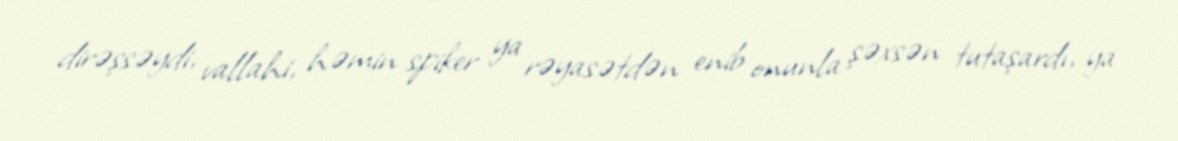
dirəşsəydi, vallahi, həmin spiker ya rəyasətdən enib onunla şəxsən tutaşardı, ya